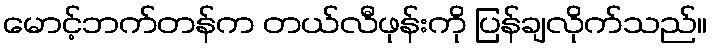
မောင့်ဘက်တန်က တယ်လီဖုန်းကို ပြန်ချလိုက်သည်။